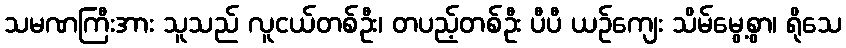
သမဏကြီးအား သူသည် လူငယ်တစ်ဦး၊ တပည့်တစ်ဦး ပီပီ ယဉ်ကျေး သိမ်မွေ့စွာ၊ ရိုသေ